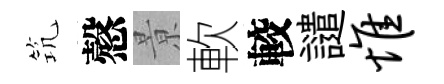
𥬑慤㬌軟較譴惟